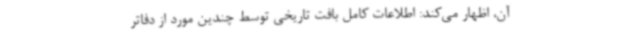
آن، اظهار می‌کند: اطلاعات کامل بافت تاریخی توسط چندین مورد از دفاتر